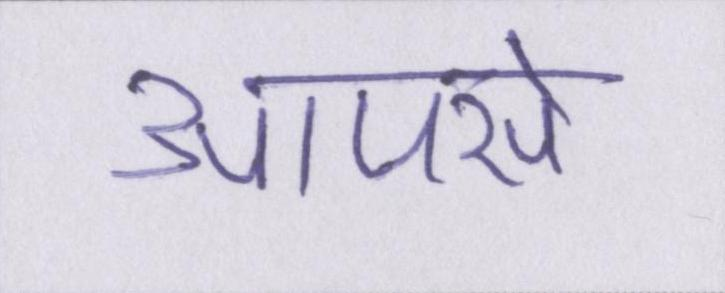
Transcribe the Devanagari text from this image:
आपसे